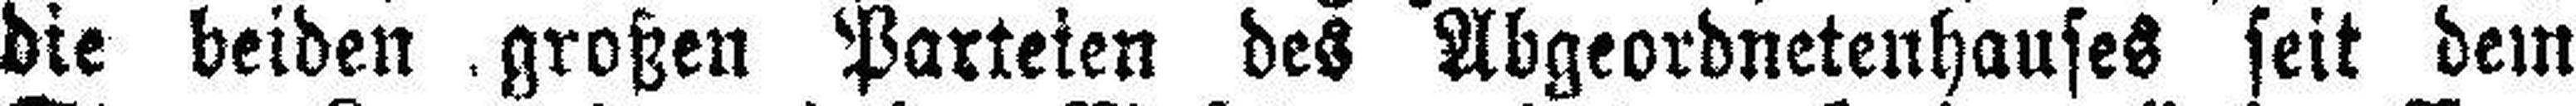
die beiden großen Parteien des Abgeordnetenhauses seit dem